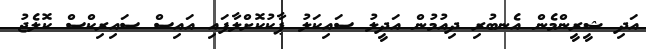
އަދި ޝީރީންމެން އެނބުރި ދިއުމުން އަދީލު ސައިކަލު ޕާކުކޮށްލާފައި އައިސް ސައިރިކްސް ކޮލެޖު